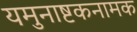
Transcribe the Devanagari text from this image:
यमुनाष्टकनामक